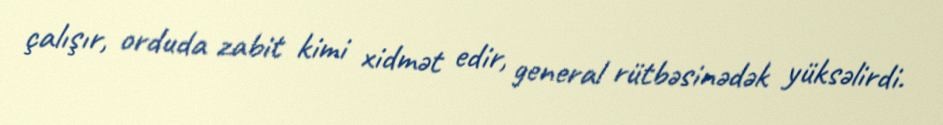
çalışır, orduda zabit kimi xidmət edir, general rütbəsinədək yüksəlirdi.